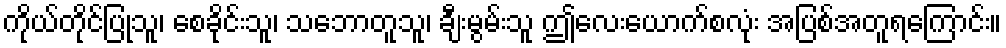
ကိုယ်တိုင်ပြုသူ၊ စေခိုင်းသူ၊ သဘောတူသူ၊ ချီးမွမ်းသူ ဤလေးယောက်စလုံး အပြစ်အတူရကြောင်း။